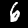
Digit: 6